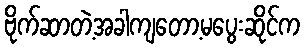
ဗိုက်ဆာတဲ့အခါကျတော့မပွေးဆိုင်က